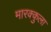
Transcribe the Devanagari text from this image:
मारक्कुला